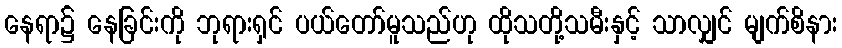
နေရာ၌ နေခြင်းကို ဘုရားရှင် ပယ်တော်မူသည်ဟု ထိုသတို့သမီးနှင့် သာလျှင် မျက်စိနား